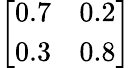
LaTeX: \left[\begin{array}{ll}{0.7}&{0.2}\\ {0.3}&{0.8}\end{array}\right]